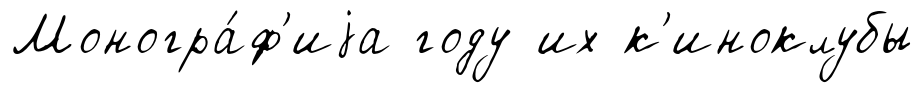
Моногра́ф'иjа году их к'иноклубы